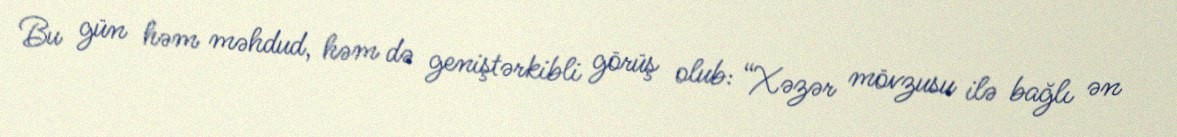
Bu gün həm məhdud, həm də geniştərkibli görüş olub: “Xəzər mövzusu ilə bağlı ən